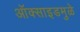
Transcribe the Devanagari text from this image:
ऑक्साइडमुळे